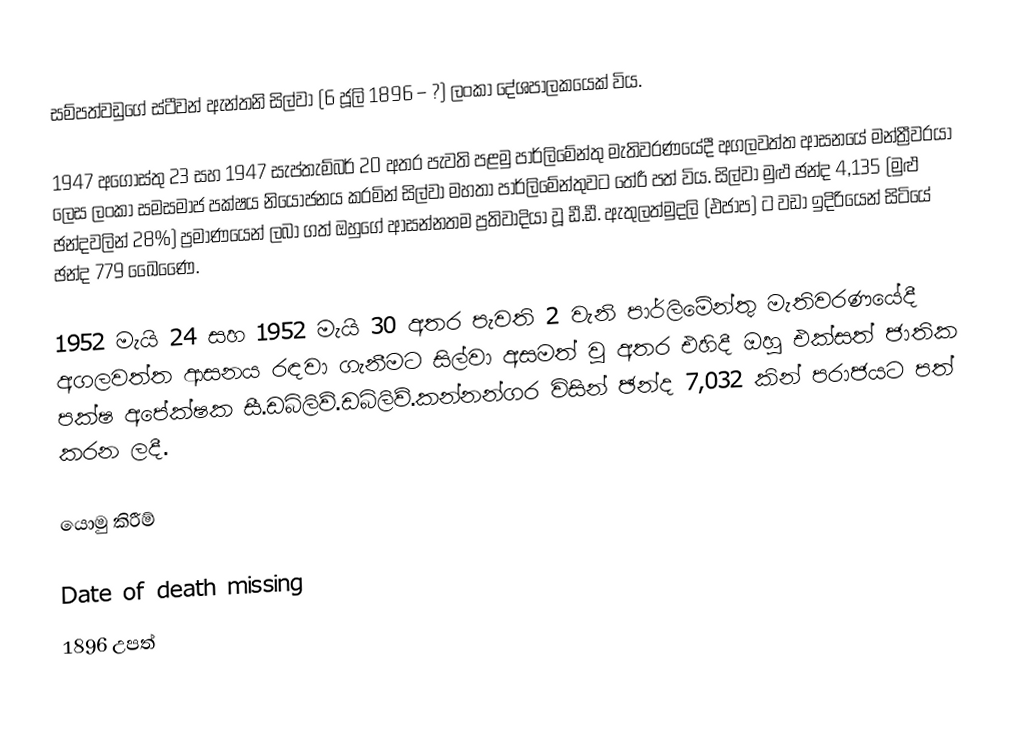
සම්පත්වඩුගේ ස්ටීවන් ඇන්තනි සිල්වා (6 ජූලි 1896 – ?) ලංකා දේශපාලකයෙක් විය.

1947 අගෝස්තු 23 සහ 1947 සැප්තැම්බර් 20 අතර පැවති පළමු පාර්ලිමේන්තු මැතිවරණයේදී අගලවත්ත ආසනයේ මන්ත්‍රීවරයා ලෙස ලංකා සමසමාජ පක්ෂය නියෝජනය කරමින් සිල්වා මහතා පාර්ලිමේන්තුවට තේරී පත් විය. සිල්වා මුළු ඡන්ද 4,135 (මුළු ඡන්දවලින් 28%) ප්‍රමාණයෙන් ලබා ගත් ඔහුගේ ආසන්නතම ප්‍රතිවාදියා වූ ඩී.ඩී. ඇතුලත්මුදලි (එජාප) ට වඩා ඉදිරියෙන් සිටියේ ඡන්ද 779 ඛෛණෛ.

1952 මැයි 24 සහ 1952 මැයි 30 අතර පැවති 2 වැනි පාර්ලිමේන්තු මැතිවරණයේදී අගලවත්ත ආසනය රඳවා ගැනීමට සිල්වා අසමත් වූ අතර එහිදී ඔහු එක්සත් ජාතික පක්ෂ අපේක්ෂක සී.ඩබ්ලිව්.ඩබ්ලිව්.කන්නන්ගර විසින් ඡන්ද 7,032 කින් පරාජයට පත් කරන ලදී.

යොමු කිරීම්

Date of death missing
1896 උපත්